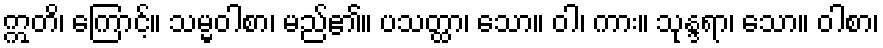
ဣတိ၊ ကြောင့်။ သမ္မဝါစာ၊ မည်၏။ ပသတ္ထာ၊ သော။ ဝါ၊ ကား။ သုန္ဒရာ၊ သော။ ဝါစာ၊